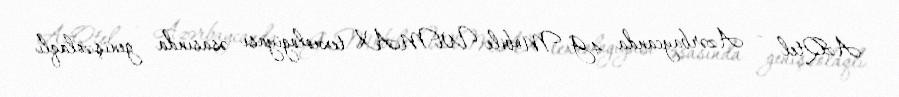
AzQtel — Azərbaycanda 4G Mobile WiMAX texnologiyası əsasında genişzolaqlı